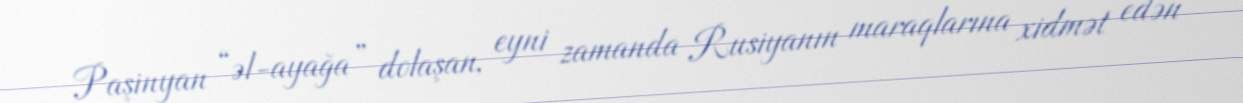
Paşinyan “əl-ayağa” dolaşan, eyni zamanda Rusiyanın maraqlarına xidmət edən